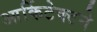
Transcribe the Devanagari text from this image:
आर्किटेक्‍टने